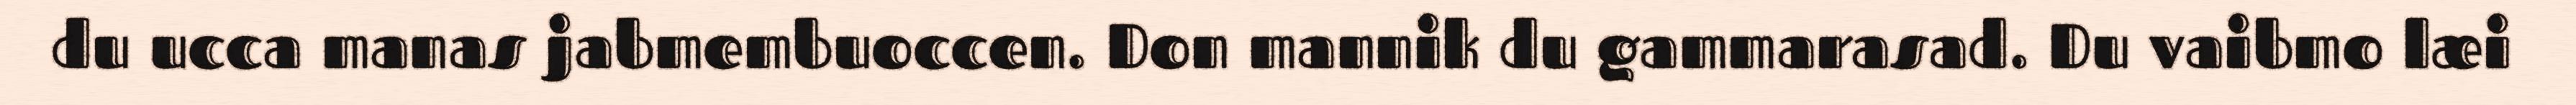
du ucca manas jabmembuoccen. Don mannik du gammarasad. Du vaibmo læi